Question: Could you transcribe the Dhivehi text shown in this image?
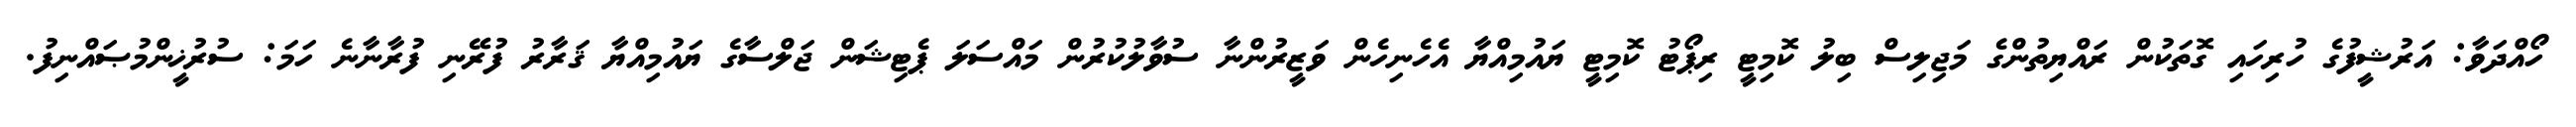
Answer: ހޯއްދަވާ: އަރުޝީފުގެ ހުރިހައި ގޮތަކުން ރައްޔިތުންގެ މަޖިލިސް ބިލު ކޮމިޓީ ރިޕޯޓު ކޮމިޓީ ޔައުމިއްޔާ އެހެނިހެން ވަޒީރުންނާ ސުވާލުކުރުން މައްސަލަ ޕެޓިޝަން ޖަލްސާގެ ޔައުމިއްޔާ ޤަރާރު ފުރޭނި ފުރާނާނެ ހަމަ: ސުރުޚީންމުޞައްނިފު.